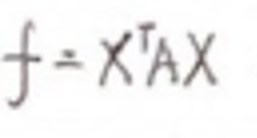
$f = x ^ { T } A x$